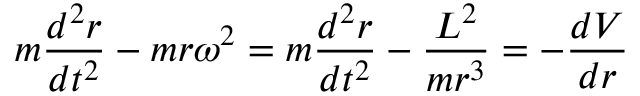
m { \frac { d ^ { 2 } r } { d t ^ { 2 } } } - m r \omega ^ { 2 } = m { \frac { d ^ { 2 } r } { d t ^ { 2 } } } - { \frac { L ^ { 2 } } { m r ^ { 3 } } } = - { \frac { d V } { d r } }